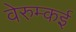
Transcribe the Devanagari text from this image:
वेरुम्कई